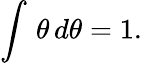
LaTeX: \int\, \theta\, d\theta=1.